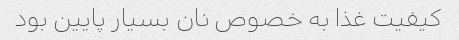
کیفیت غذا به خصوص نان بسیار پایین بود